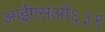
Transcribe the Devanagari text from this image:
आईएसओ६३९